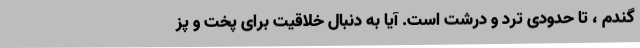
گندم ، تا حدودی ترد و درشت است. آیا به دنبال خلاقیت برای پخت و پز